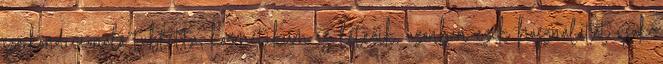
szőrkondicionáló tabletta, kozmetikum is létezik, azonban ezek használatát csak